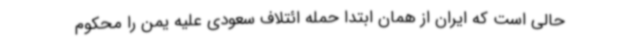
حالی است که ایران از همان ابتدا حمله ائتلاف سعودی علیه یمن را محکوم